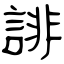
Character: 誹